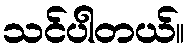
သင်ပါတယ်။